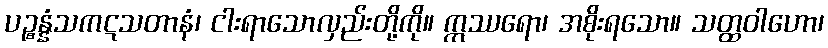
ပဉ္စန္နံသကဋသတာနံ၊ ငါးရာသောလှည်းတို့ကို။ ဣဿရော၊ အစိုးရသော။ သတ္ထဝါဟော၊